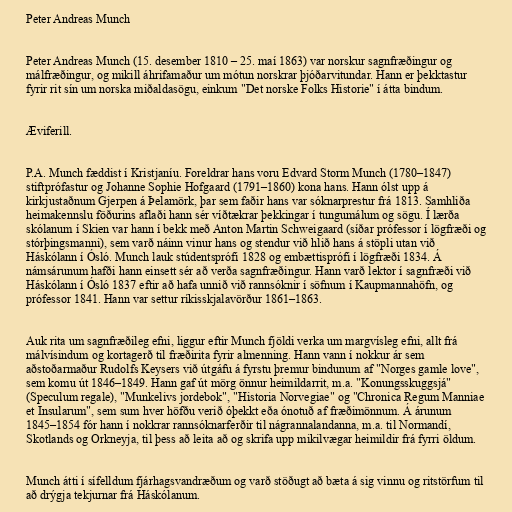
Peter Andreas Munch

Peter Andreas Munch (15. desember 1810 – 25. maí 1863) var norskur sagnfræðingur og
málfræðingur, og mikill áhrifamaður um mótun norskrar þjóðarvitundar. Hann er þekktastur
fyrir rit sín um norska miðaldasögu, einkum "Det norske Folks Historie" í átta bindum.

Æviferill.

P.A. Munch fæddist í Kristjaníu. Foreldrar hans voru Edvard Storm Munch (1780–1847)
stiftprófastur og Johanne Sophie Hofgaard (1791–1860) kona hans. Hann ólst upp á
kirkjustaðnum Gjerpen á Þelamörk, þar sem faðir hans var sóknarprestur frá 1813. Samhliða
heimakennslu föðurins aflaði hann sér víðtækrar þekkingar í tungumálum og sögu. Í lærða
skólanum í Skien var hann í bekk með Anton Martin Schweigaard (síðar prófessor í lögfræði og
stórþingsmanni), sem varð náinn vinur hans og stendur við hlið hans á stöpli utan við
Háskólann í Ósló. Munch lauk stúdentsprófi 1828 og embættisprófi í lögfræði 1834. Á
námsárunum hafði hann einsett sér að verða sagnfræðingur. Hann varð lektor í sagnfræði við
Háskólann í Ósló 1837 eftir að hafa unnið við rannsóknir í söfnum í Kaupmannahöfn, og
prófessor 1841. Hann var settur ríkisskjalavörður 1861–1863.

Auk rita um sagnfræðileg efni, liggur eftir Munch fjöldi verka um margvísleg efni, allt frá
málvísindum og kortagerð til fræðirita fyrir almenning. Hann vann í nokkur ár sem
aðstoðarmaður Rudolfs Keysers við útgáfu á fyrstu þremur bindunum af "Norges gamle love",
sem komu út 1846–1849. Hann gaf út mörg önnur heimildarrit, m.a. "Konungsskuggsjá"
(Speculum regale), "Munkelivs jordebok", "Historia Norvegiae" og "Chronica Regum Manniae
et Insularum", sem sum hver höfðu verið óþekkt eða ónotuð af fræðimönnum. Á árunum
1845–1854 fór hann í nokkrar rannsóknarferðir til nágrannalandanna, m.a. til Normandí,
Skotlands og Orkneyja, til þess að leita að og skrifa upp mikilvægar heimildir frá fyrri öldum.

Munch átti í sífelldum fjárhagsvandræðum og varð stöðugt að bæta á sig vinnu og ritstörfum til
að drýgja tekjurnar frá Háskólanum.